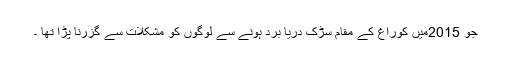
جو 2015میں کوراغ کے مقام سڑک دریا برد ہونے سے لوگوں کو مشکلات سے گزرنا پڑا تھا ۔